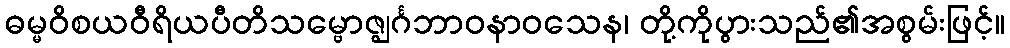
ဓမ္မဝိစယဝီရိယပီတိသမ္ဗောဇ္ဈင်္ဂဘာဝနာဝသေန၊ တို့ကိုပွားသည်၏အစွမ်းဖြင့်။